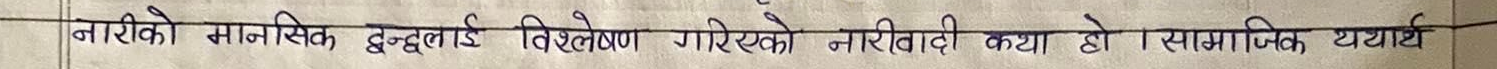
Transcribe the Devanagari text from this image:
नारीको मानसिक, द्वन्द्वलाई विश्लेषण गरिएको नारीवादी कथा हो। सामाजिक यथार्थ